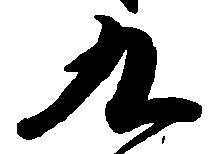
九